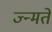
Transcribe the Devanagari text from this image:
ज्न्मते